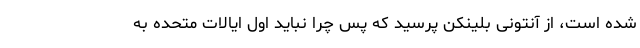
شده است، از آنتونی بلینکن پرسید که پس چرا نباید اول ایالات متحده به